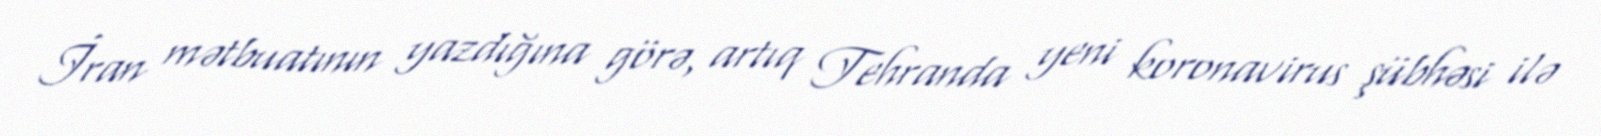
İran mətbuatının yazdığına görə, artıq Tehranda yeni koronavirus şübhəsi ilə